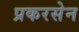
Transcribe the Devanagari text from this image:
प्रकरसेन